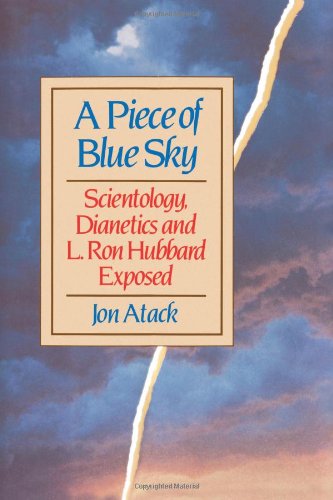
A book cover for A Piece of Blue Sky: Scientology, Dianetics and L. Ron Hubbard Exposed; Jon Atack; Religion & Spirituality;